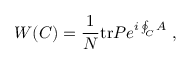
W ( C ) = { \frac { 1 } { N } } \mathrm { t r } P e ^ { i \oint _ { C } A } \ ,